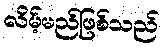
လိမ့်မည်ဖြစ်သည်